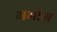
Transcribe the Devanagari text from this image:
गर्भास